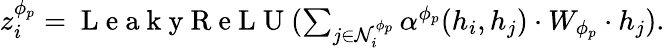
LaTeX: \begin{array}{r}{\begin{array}{r}{z_{i}^{\phi_{p}}=\mathrm{~L~e~a~k~y~R~e~L~U~}(\sum_{j\in\mathcal{N}_{i}^{\phi_{p}}}\alpha^{\phi_{p}}(h_{i},h_{j})\cdot W_{\phi_{p}}\cdot h_{j}).}\end{array}}\end{array}